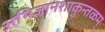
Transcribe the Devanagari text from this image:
अभिज्ञानशाकुन्तळम्